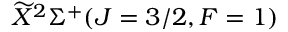
\widetilde { X } ^ { 2 } \Sigma ^ { + } ( J = 3 / 2 , F = 1 )